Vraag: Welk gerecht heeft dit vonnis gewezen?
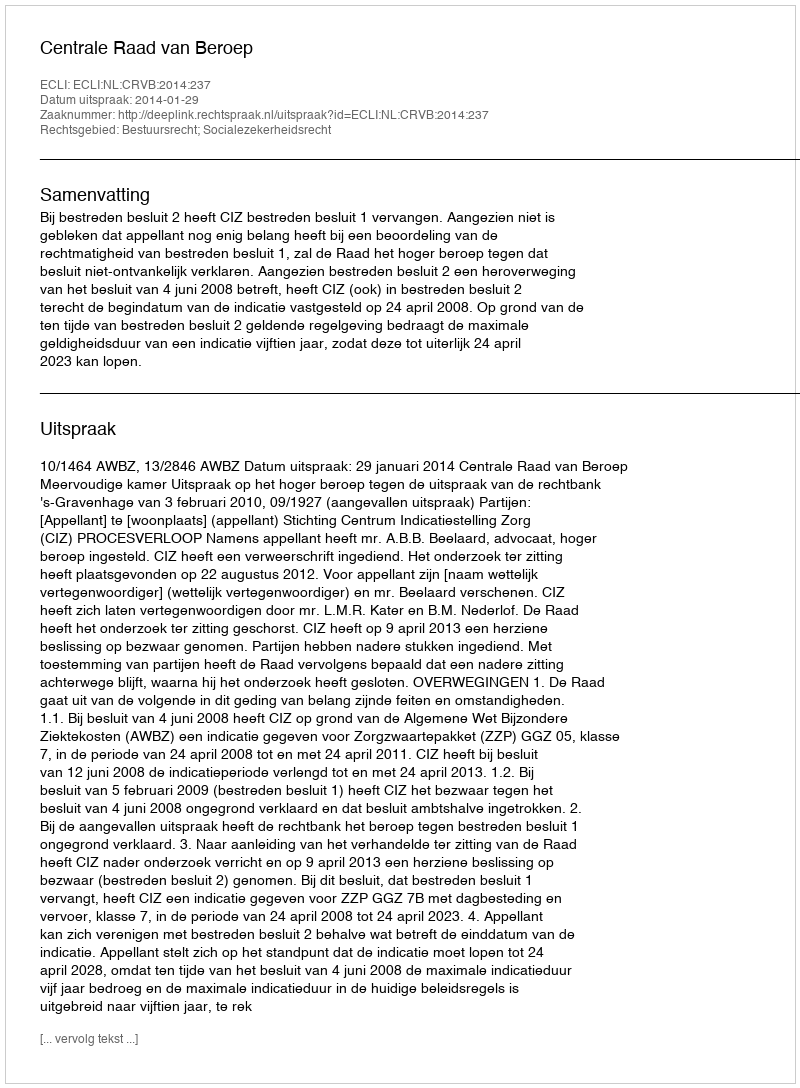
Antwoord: Centrale Raad van Beroep